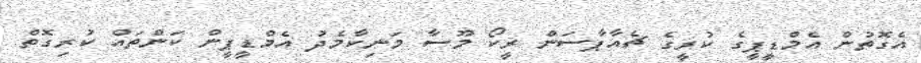
އެގޮތުން އެމްޑީޕީގެ ކުރީގެ ޗެއާޕާސަން ރީކޯ މޫސާ މަނިކާމެދު އެމްޑީޕީން ކަންތައް ކުރިގޮތް